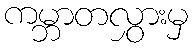
ကမ္ဘာတလွှားမှ